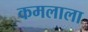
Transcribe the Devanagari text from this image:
कमलाला